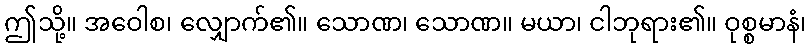
ဤသို့။ အဝေါစ၊ လျှောက်၏။ သောဏ၊ သောဏ။ မယာ၊ ငါဘုရား၏။ ဝုစ္စမာနံ၊